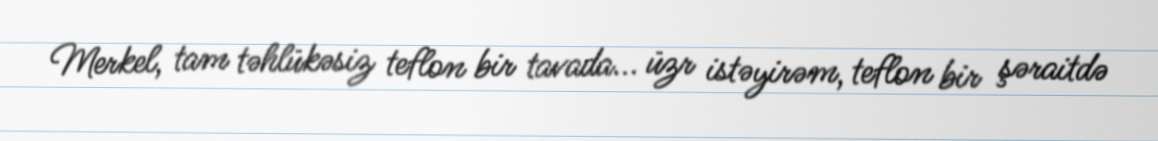
Merkel, tam təhlükəsiz teflon bir tavada... üzr istəyirəm, teflon bir şəraitdə